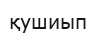
қушиып